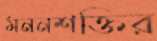
মননশক্তির